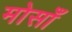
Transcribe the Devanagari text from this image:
मोसाँ